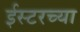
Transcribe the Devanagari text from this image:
ईस्टरच्या